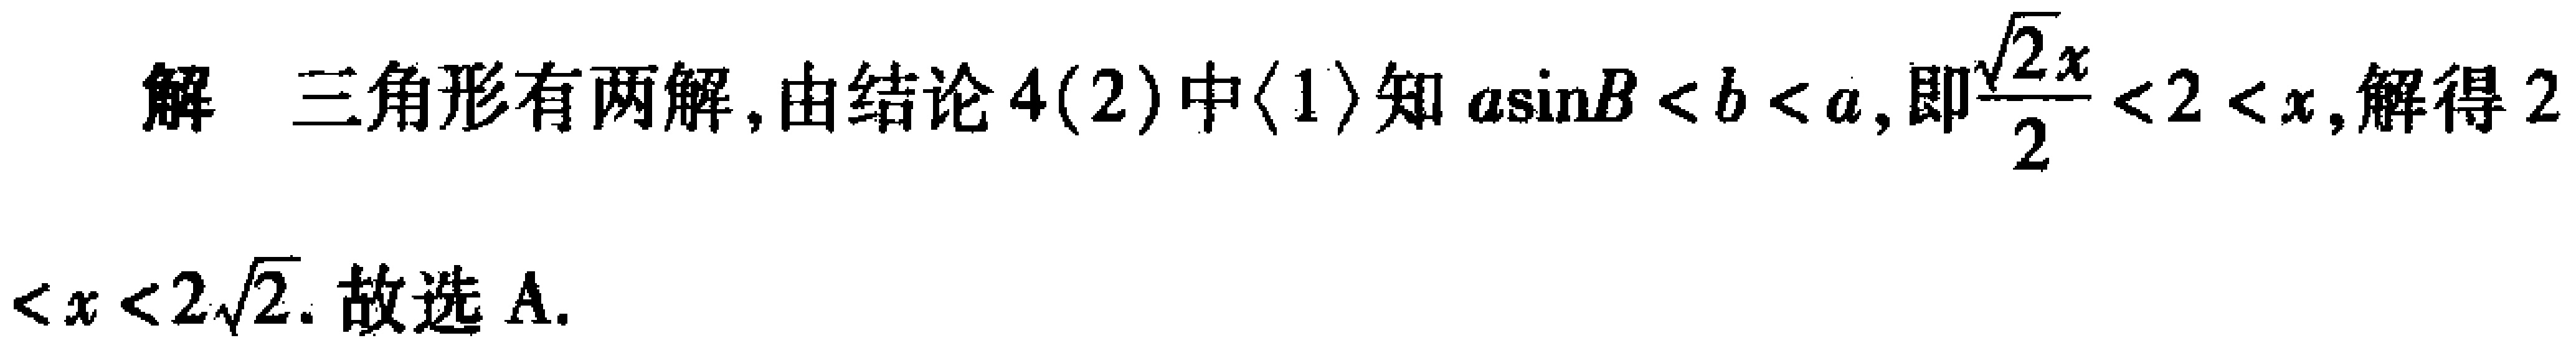
解 三角形有两解, 由结论 4(2) 中$\langle 1\rangle$知$a\sin B < b < a$, 即$\frac{\sqrt{2}x}{2}<2 < x$, 解得$2< x < 2\sqrt{2}$. 故选 A.